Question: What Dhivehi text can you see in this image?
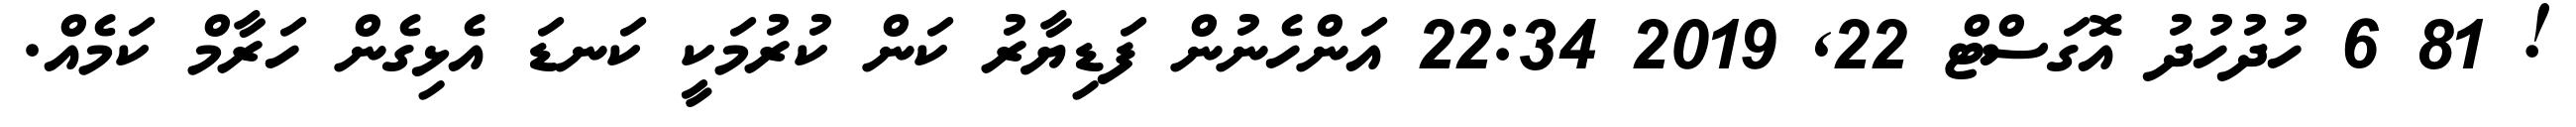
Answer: ! 81 6 ހުދުހުދު އޮގަސްޓް 22, 2019 22:34 އަންހެނުން ފަޑިޔާރު ކަން ކުރުމަކީ ކަނޑަ އެޅިގެން ހަރާމް ކަމެއް.